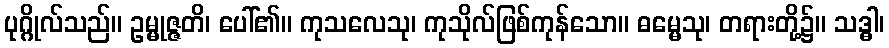
ပုဂ္ဂိုလ်သည်။ ဥမ္မုဇ္ဇတိ၊ ပေါ်၏။ ကုသလေသု၊ ကုသိုလ်ဖြစ်ကုန်သော။ ဓမ္မေသု၊ တရားတို့၌။ သဒ္ဓါ၊